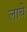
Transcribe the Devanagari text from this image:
लाघे